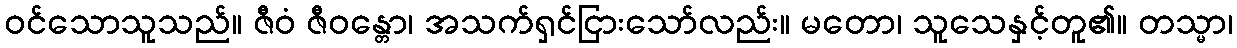
ဝင်သောသူသည်။ ဇီဝံ ဇီဝန္တော၊ အသက်ရှင်ငြားသော်လည်း။ မတော၊ သူသေနှင့်တူ၏။ တသ္မာ၊